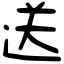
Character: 送